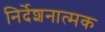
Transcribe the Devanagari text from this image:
निर्देशनात्मक